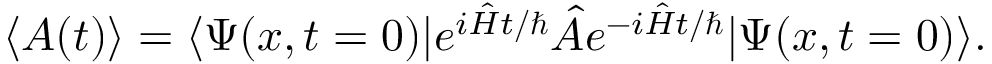
\begin{array} { r } { \langle A ( t ) \rangle = \langle \Psi ( x , t = 0 ) | e ^ { i \hat { H } t / \hbar } \hat { A } e ^ { - i \hat { H } t / \hbar } | \Psi ( x , t = 0 ) \rangle . } \end{array}